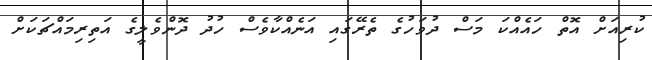
ކުރިއަށް އޮތް ހައެއްކަ މަސް ދުވަހުގެ ތެރޭގައި އަނެއްކާވެސް ހުދު ދޮންވެލީގެ އަތިރިމައްޗަކަށް